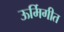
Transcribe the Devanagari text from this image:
ऊर्मिगीत